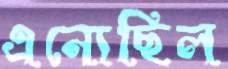
এন্যেছিল